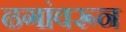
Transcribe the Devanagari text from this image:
ढगांवरून